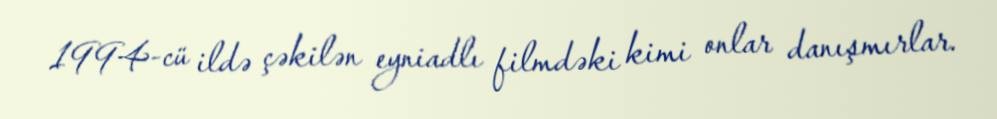
1994-cü ildə çəkilən eyniadlı filmdəki kimi onlar danışmırlar.